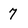
Character: 7